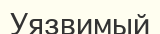
Уязвимый